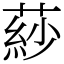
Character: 䔋